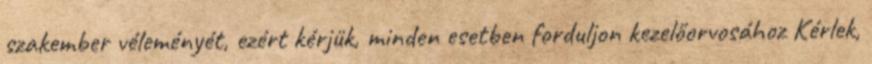
szakember véleményét, ezért kérjük, minden esetben forduljon kezelőorvosához Kérlek,